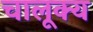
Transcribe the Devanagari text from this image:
चालूक्य